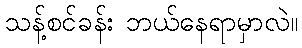
သန့်စင်ခန်း ဘယ်နေရာမှာလဲ။